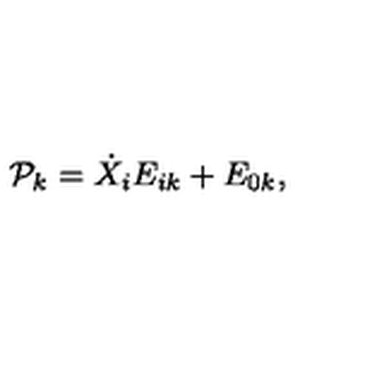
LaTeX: { \cal P } _ { k } = \dot { X } _ { i } E _ { i k } + E _ { 0 k } ,